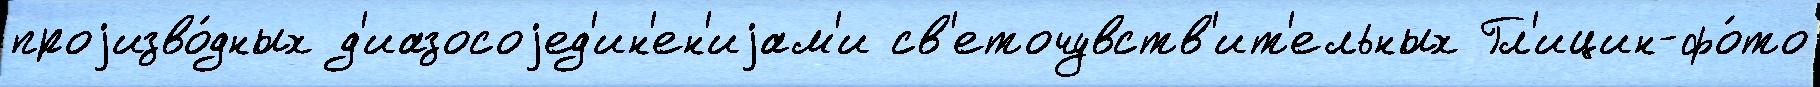
проjизво́дных д'иазосоjед'ин'ен'иjам'и св'еточувств'ит'ельных Гл'ицин-фо́то